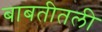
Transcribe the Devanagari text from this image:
बाबतीतली